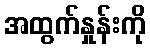
အထွက်နှုန်းကို